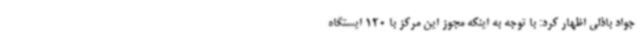
جواد باذلی اظهار کرد: با توجه به اینکه مجوز این مرکز با 120 ایستگاه